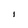
Character: I